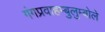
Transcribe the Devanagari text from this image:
गंगप्रवाहम्बुलुम्बोले